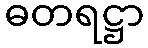
ဓတရဋ္ဌာ